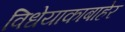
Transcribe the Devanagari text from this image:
विधेयाकाबाहेर